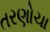
તરણોચા